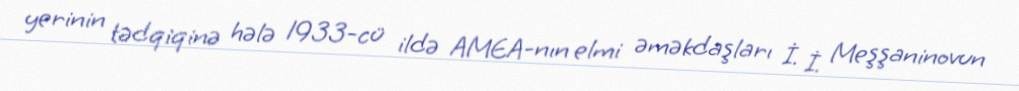
yerinin tədqiqinə hələ 1933-cü ildə AMEA-nın elmi əməkdaşları İ. İ. Meşşaninovun